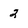
Character: 2